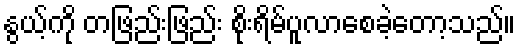
နွယ့်ကို တဖြည်းဖြည်း စိုးရိမ်ပူလာစေခဲ့တော့သည်။